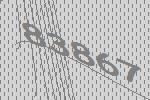
83867